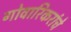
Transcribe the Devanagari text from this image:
गोवारिकरांचे